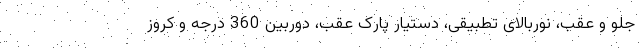
جلو و عقب، نوربالای تطبیقی، دستیار پارک عقب، دوربین 360 درجه و کروز